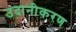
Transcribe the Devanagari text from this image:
उदानीकरण